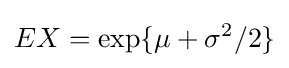
EX=\exp\{\mu +\sigma ^{2}/2\}